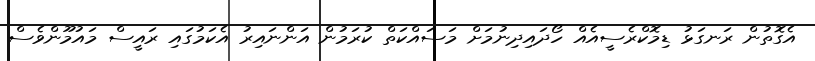
އެގޮތުން ރަނގަޅު ޑިމޮކްރެސީއެއް ހޯދައިދިނުމަށް މަސައްކަތް ކުރަމުން އަންނައިރު އެކަމުގައި ރައީސް މައުމޫންވެސް